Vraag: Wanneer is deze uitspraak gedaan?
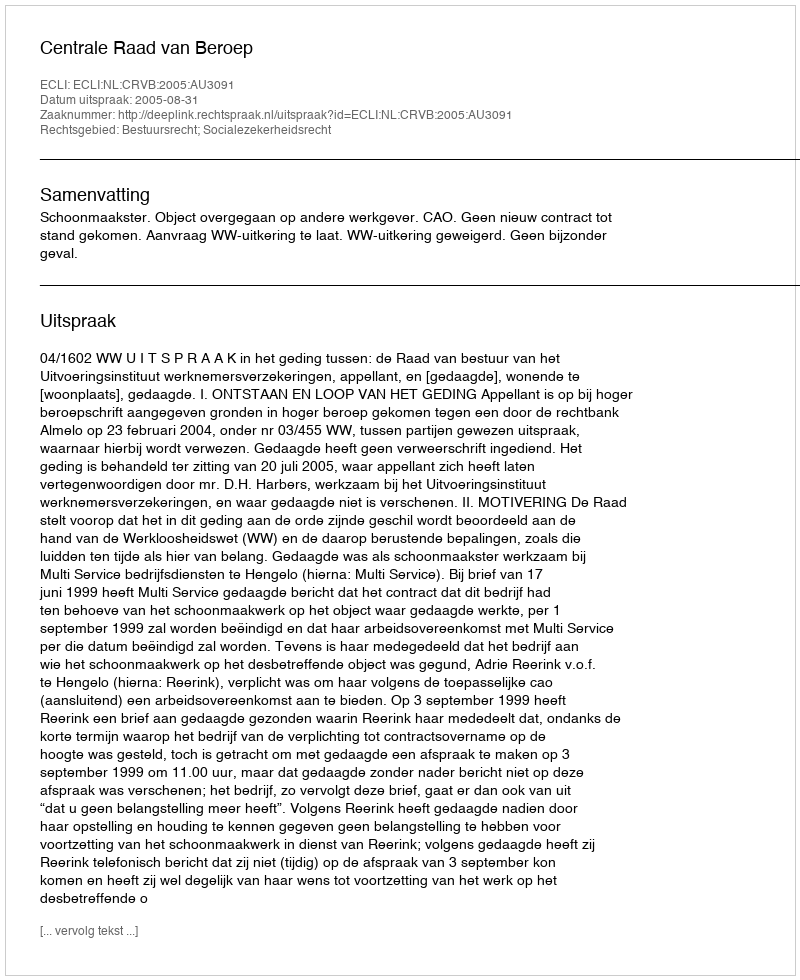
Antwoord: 2005-08-31